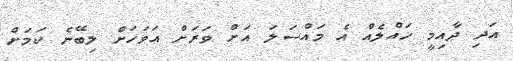
އަދި ދާއިމީ ހައްލެއް އެ މައްސަލަ އަށް ވަރަށް އަވަހަށް ލިބޭނެ ކަމަށް